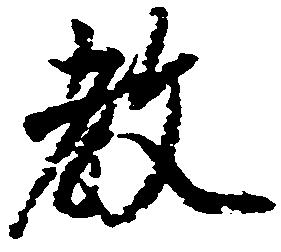
教